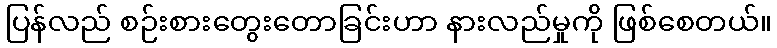
ပြန်လည် စဉ်းစားတွေးတောခြင်းဟာ နားလည်မှုကို ဖြစ်စေတယ်။